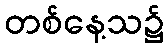
တစ်နေ့သ၌